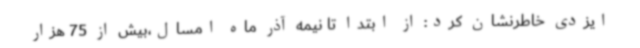
ایزدی خاطرنشان کرد: از ابتدا تا نیمه آذر ماه امسال،بیش از 75 هزار